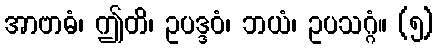
အာဗာဓံ၊ ဤတိ၊ ဥပဒ္ဒဝံ၊ ဘယံ၊ ဥပသဂ္ဂံ။ (၅)